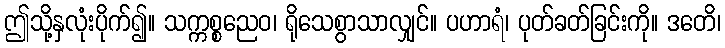
ဤသို့နှလုံးပိုက်၍။ သက္ကစ္စညေဝ၊ ရိုသေစွာသာလျှင်။ ပဟာရံ၊ ပုတ်ခတ်ခြင်းကို။ ဒတေိ၊